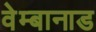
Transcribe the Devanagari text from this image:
वेम्बानाड